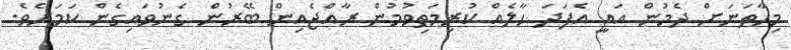
މިހާތަނަށް ދެމުން އައީ އެފަދަ ހާލެއް ކުރިމަތިވުމުން ރާއްޖެއިން ބޭރުން ގެނުވައިގެން ކަަމަށެވެ.